Leaving Certificate Examination (including Day School Certificate (Higher) General paper), 1937
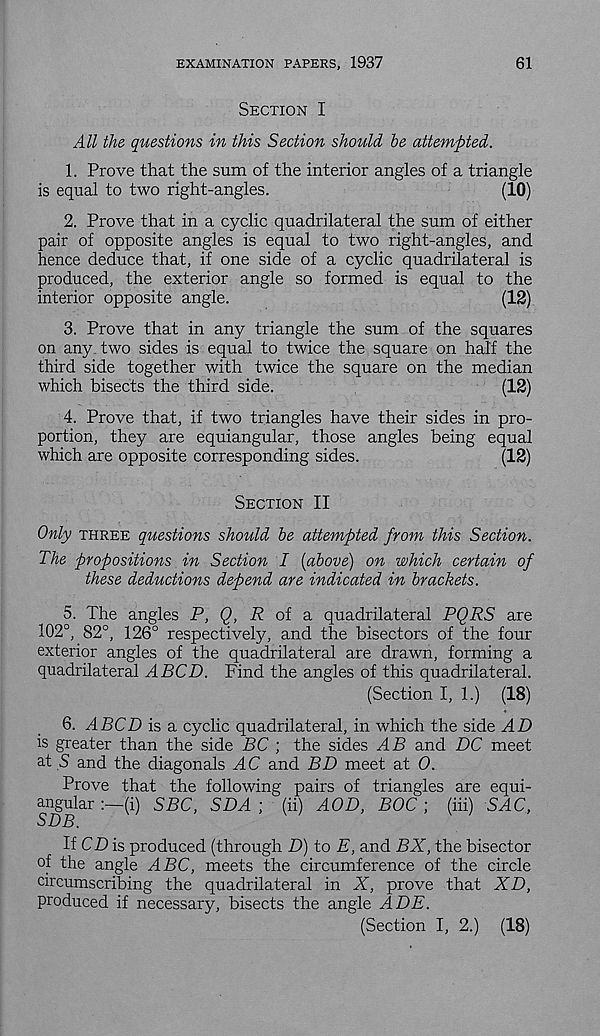
EXAMINATION PAPERS, 1937
61
Section I
All the questions in this Section should be attempted.
1. Prove that the sum of the interior angles of a triangle
is equal to two right-angles.
(10)
2. Prove that in a cyclic quadrilateral the sum of either
pair of opposite angles is equal to two right-angles, and
hence deduce that, if one side of a cyclic quadrilateral is
produced, the exterior angle so formed is equal to the
interior opposite angle.
(12)
3. Prove that in any triangle the sum of the squares
on any two sides is equal to twice the square on half the
third side together with twice the square on the median
which bisects the third side.
(12)
4. Prove that, if two triangles have their sides in pro-
portion, they are equiangular, those angles being equal
which are opposite corresponding sides.
(12)
Section II
Only three questions should be attempted from this Section.
The propositions in Section I [above) on which certain of
these deductions depend are indicated in brackets.
5. The angles P, Q, R of a quadrilateral PQRS are
102°, 82°, 126° respectively, and the bisectors of the four
exterior angles of the quadrilateral are drawn, forming a
quadrilateral A BCD. Find the angles of this quadrilateral.
(Section I, 1.) (18)
6. ABCD is a cyclic quadrilateral, in which the side AD
is greater than the side BC ; the sides AB and DC meet
at S and the diagonals ^4C and BD meet at 0.
Prove that the following pairs of triangles are equi-
angular
(i) SBC, SDA ; (ii) AOD, BOC ; (iii) SAC,
SDB.
If CP is produced (through P) to E, and BX, the bisector
of the angle ABC, meets the circumference of the circle
circumscribing the quadrilateral in X, prove that XD,
produced if necessary, bisects the angle ADE.
(Section I, 2.) (18)